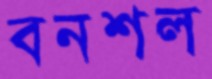
বনশল